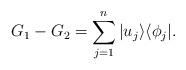
LaTeX: \begin{align*} G_1-G_2=\sum_{j=1}^n|u_j\rangle\langle \phi_j|. \end{align*}